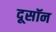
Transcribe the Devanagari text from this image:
दूसॉन